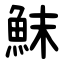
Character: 䱅